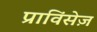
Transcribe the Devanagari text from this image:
प्राविंसेज़